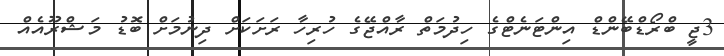
3ޖީ ބްރޯޑްބޭންޑް އިންޓަނެޓްގެ ހިދުމަތް ރާއްޖޭގެ ހުރިހާ ރަށަކަށް ދިނުމަށް ބޮޑު މަޝްރޫއެއް